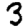
Digit: 3